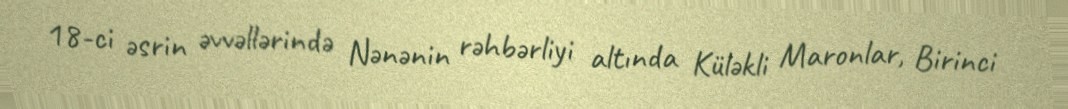
18-ci əsrin əvvəllərində Nənənin rəhbərliyi altında Küləkli Maronlar, Birinci